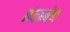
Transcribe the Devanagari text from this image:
छंदानेच